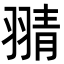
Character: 𦑊